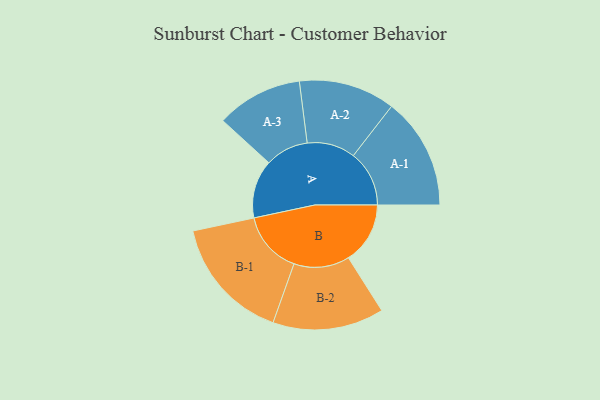
{"axis": {"x": "Segment", "y": "Value"}, "legend": ["", "A", "B"], "data": [{"x": "A", "y": 220, "type": ""}, {"x": "B", "y": 233, "type": ""}, {"x": "A-1", "y": 211, "type": "A"}, {"x": "A-2", "y": 182, "type": "A"}, {"x": "A-3", "y": 163, "type": "A"}, {"x": "B-1", "y": 236, "type": "B"}, {"x": "B-2", "y": 210, "type": "B"}]}